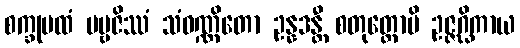
စက္ခုပထံ ပဗ္ဗဇိဿံ သံဝဏ္ဏိတော ဥန္နဒန္တီ စတုတ္ထောပိ ဥဇ္ဇဂ္ဃိကာယ